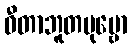
ဓီတာဘူတပုဗ္ဗော